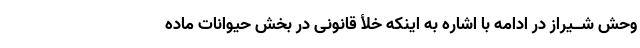
وحش شــیراز در ادامه با اشاره به اینکه خلأ قانونى در بخش حیوانات ماده